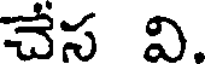
చేస వి.